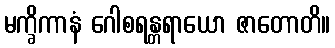
မက္ခိကာနံ ဂေါစရန္တရာယော ဇာတောတိ။